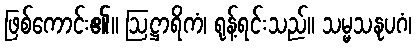
ဖြစ်ကောင်း၏။ ဩဋ္ဌာရိကံ၊ ရုန့်ရင်းသည်။ သမ္မသနုပဂံ၊